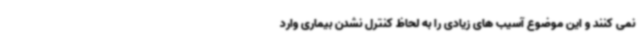
نمی کنند و این موضوع آسیب های زیادی را به لحاظ کنترل نشدن بیماری وارد